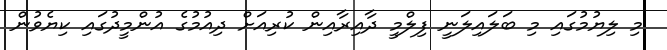
މި ލިޔުމުގައި މި ބަލައިލަނީ ފިލްމީ ދާއިރާއިން ކުރިއަށް ދިއުމުގެ އުންމީދުގައި ކިޔެވުން